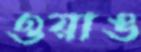
ওয়াঙ